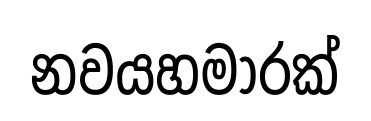
නවයහමාරක්